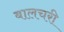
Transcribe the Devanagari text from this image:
बालचरी